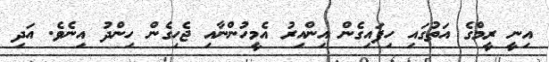
އިނީ ރީމްގެ އަތުގައި ހިފައިގެން އިންއިރު އެމީހުންނާއި ޖެހިގެން ހިންދު އިނެވެ. އަދި